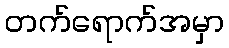
တက်ရောက်အမှာ